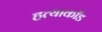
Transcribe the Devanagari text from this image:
हत्याकाँड